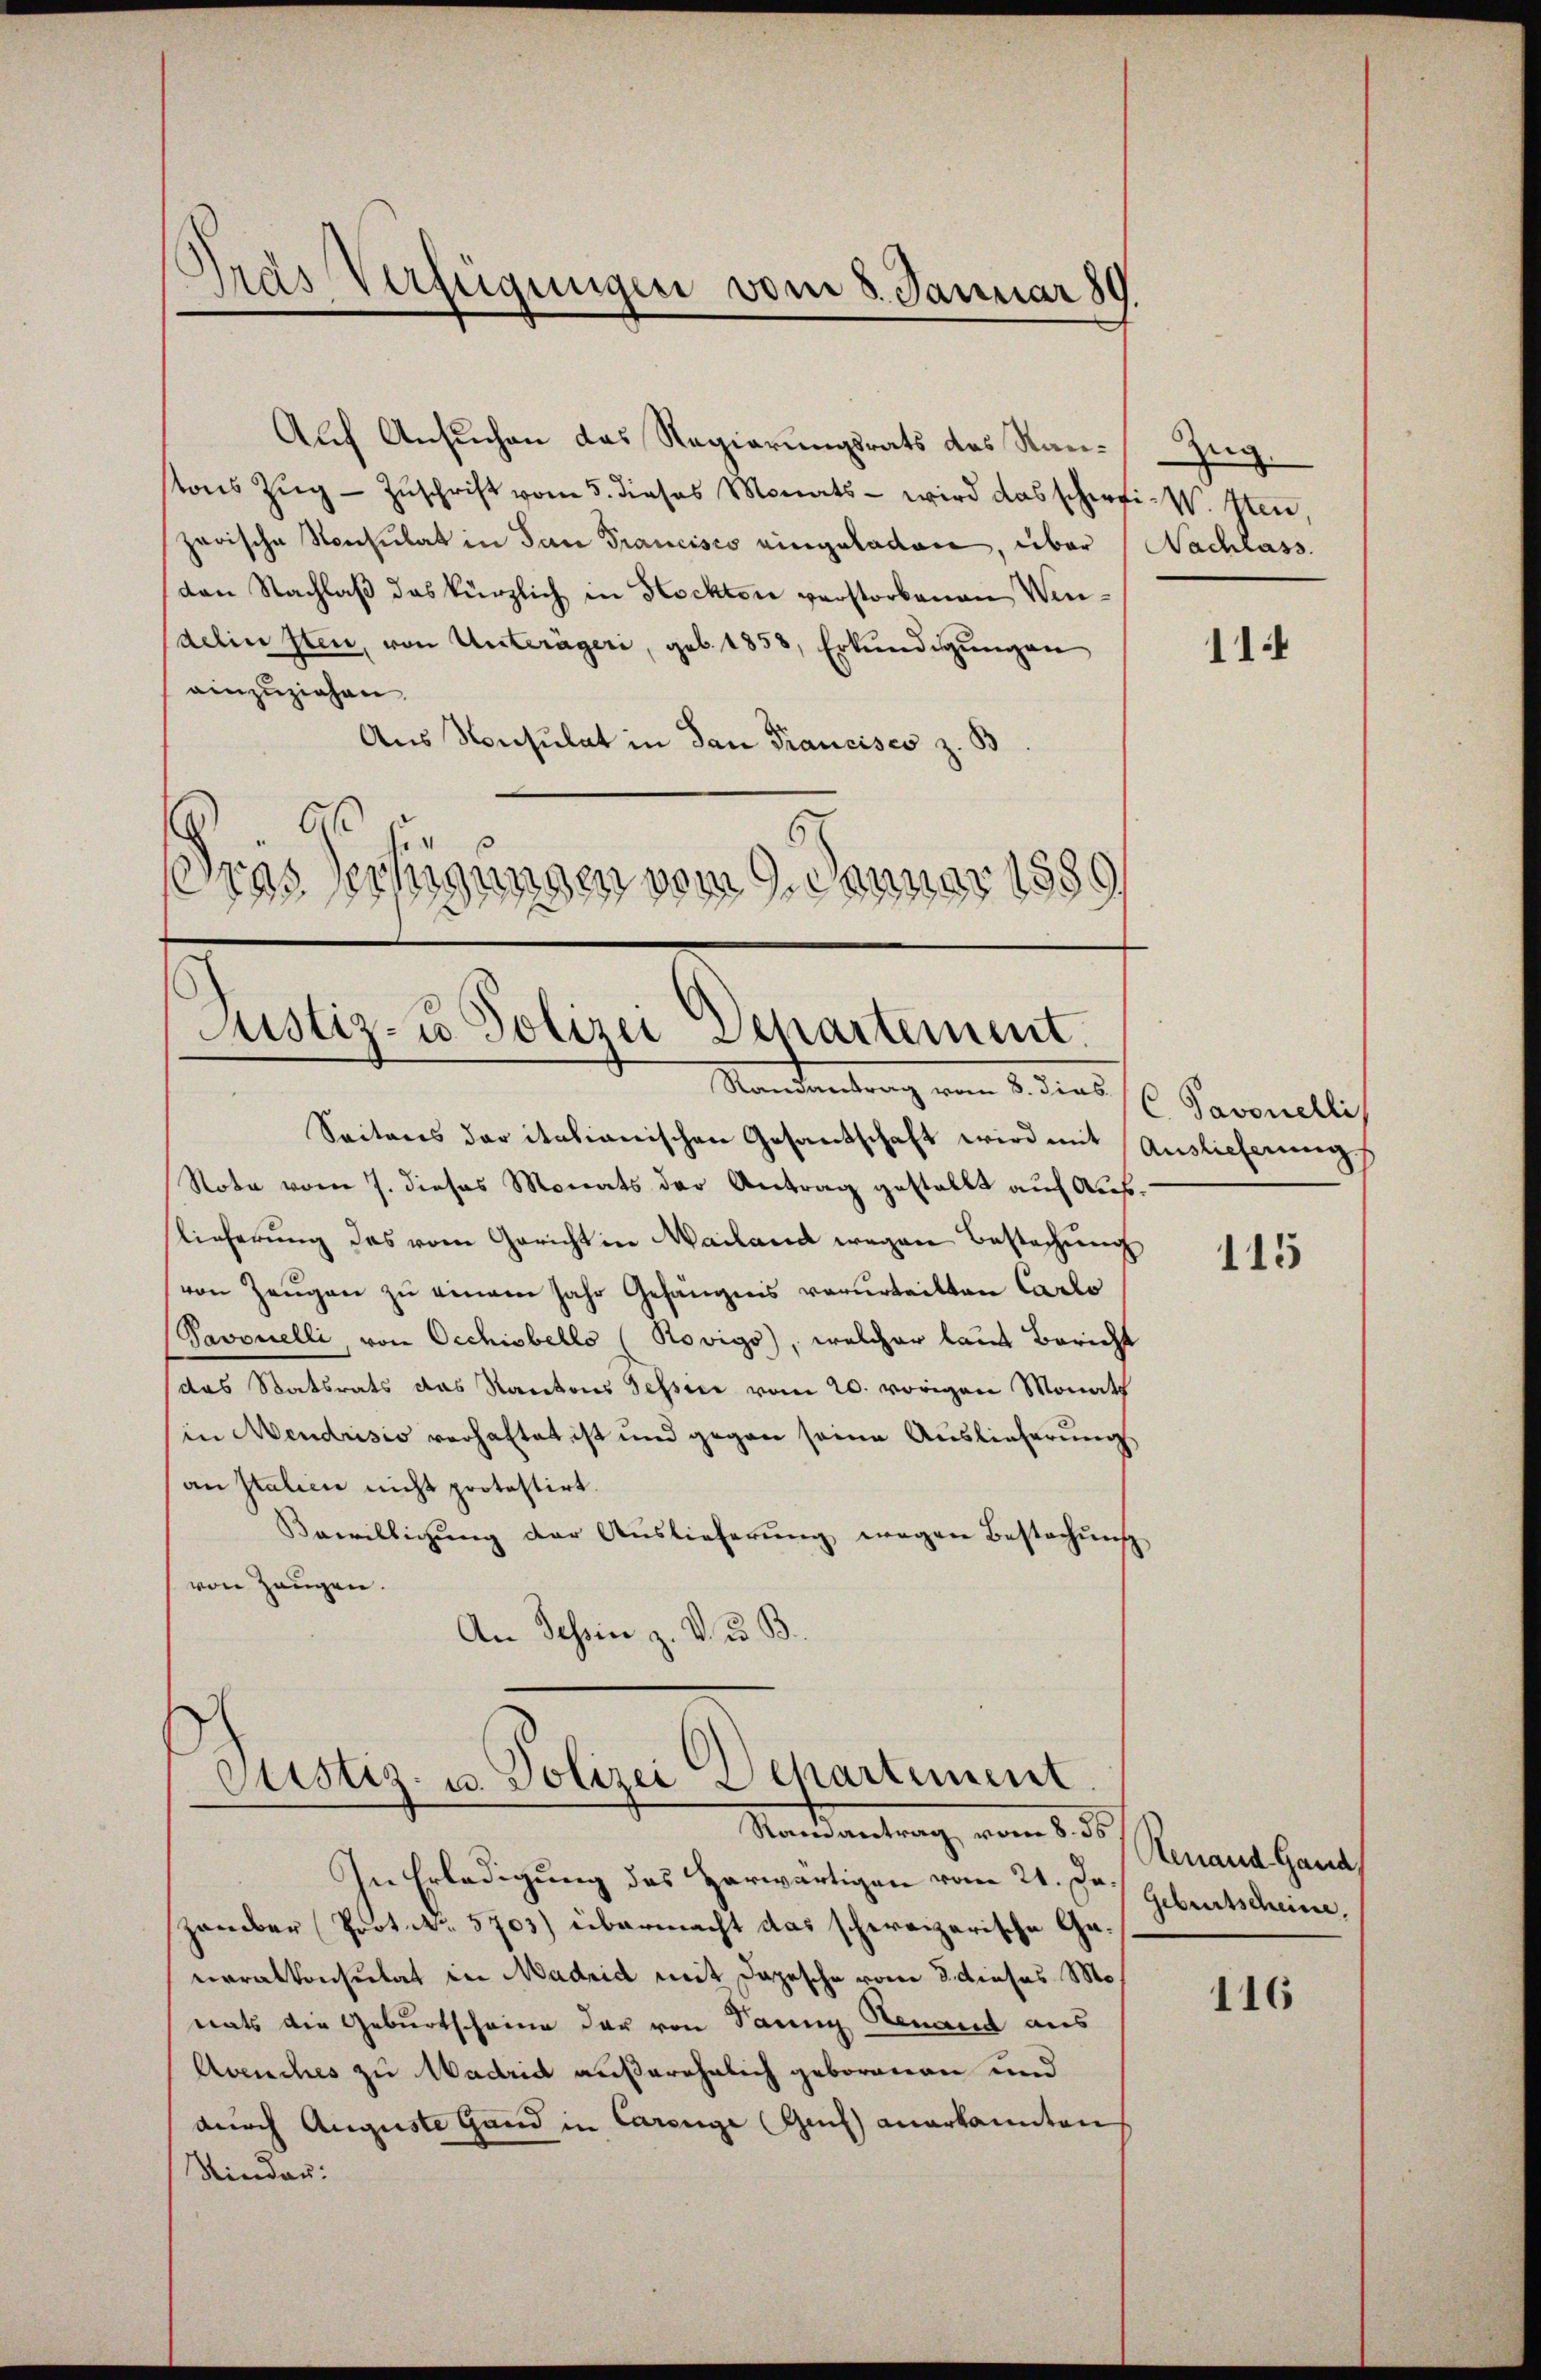
Gras Verfügungen vom 8. Januar 89

Auf Ansuchen das Regierungsrats des Rantons Zŭg - Zŭschrift vom 5. dieses Monats - wird das scherfi-W. Iten,
zarische Konsulat in San Francisco eingeladen, über
(von Nachlaβ das kürzlich in Hockten verstorbenen Windelin sten, von Unterägeri, geb. 1858, Erkundigungen
einzuziehen.
Aus Konsulat in dan Francisco z. B
A
.
eras sechigungen vom 9. Januar 1889

Justiz- u. Polizei Departement.
Randantrag vom 8. dies

Custiz- u. Polizei Departiment
Randantrag, vom 18. d.

Zug.
Nachlass.

Seiteres der italianischen Gesantschaft wird mit Auslieferungs
Note vom 7. dieses Monats der Antrag gestellt auf Auflieferung das vom Gericht in Mailand wegen Bestechung
von Zeugen zu einem Jahr Gefängnis verurtritten Carlo
Pavouelli, von Oechisbeklo (Rovigo, welcher laut Bericht
das Statsrats das Kantons Tessin vom 20. vorigen Monath
in Mendrisis verhaftet ist und gegen seine Auslieferung
an Italien nicht protestirt.
Bewilligŭng der Auslieferŭng wegen Bestachŭng
von Zeugen.
An Schein z. V. u. B

In Erledigung des Herwärtigen vom 21. Dr. Geburtscheine,
zember Prot. No. 5703) übermacht das schereizerische Generalkonsulat in Madrid mit Depesche vom 3. dieses Mo
rats die Geburtscheine der von Dann Genand aus
Avenches zu Madrid außerehelich geborenen und
durch Auguste Gand in Carenge (Genf anerkannten
Kinder:

11

C. Savonelli

115

Genand Gand

116